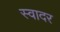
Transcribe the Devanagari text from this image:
स्वादर